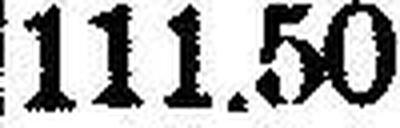
111.50